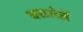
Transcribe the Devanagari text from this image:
वसलेलें